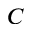
C